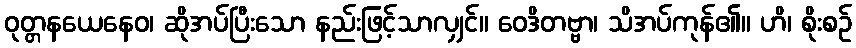
ဝုတ္တနယေနေဝ၊ ဆိုအပ်ပြီးသော နည်းဖြင့်သာလျှင်။ ဝေဒိတဗ္ဗာ၊ သိအပ်ကုန်၏။ ဟိ၊ စိုးစဉ်